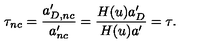
\tau _ { n c } = { \frac { a _ { D , n c } ^ { \prime } } { a _ { n c } ^ { \prime } } } = { \frac { H ( u ) a _ { D } ^ { \prime } } { H ( u ) a ^ { \prime } } } = \tau .